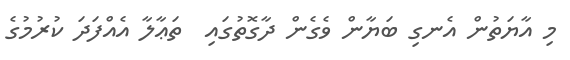
މި އާޔަތުން އެނގި ބަޔާން ވެގެން ދާގޮތުގައި  ތަޢާލާ އެއްފަދަ ކުރުމުގެ